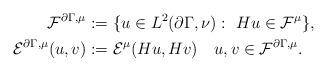
LaTeX: \begin{align*}{\cal F}^{\partial\Gamma,\mu}&:=\{u\in L^2(\partial\Gamma,\nu):\ Hu\in \mathcal{F}^{\mu}\},\\{\cal E}^{\partial\Gamma,\mu}(u,v)&:={\cal E}^{\mu}(Hu,Hv)\ \ \ u,v\in{\cal F}^{\partial\Gamma,\mu}.\end{align*}